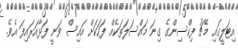
އިޓަލީގައި މެޗު ފިކްސިންގެ ގިނަ މައްސަލަތަކެއް ފަހަކަށް އައިސް ވަނީ ފަޅާއަރައިފަ އެވެ.